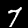
Label: 7